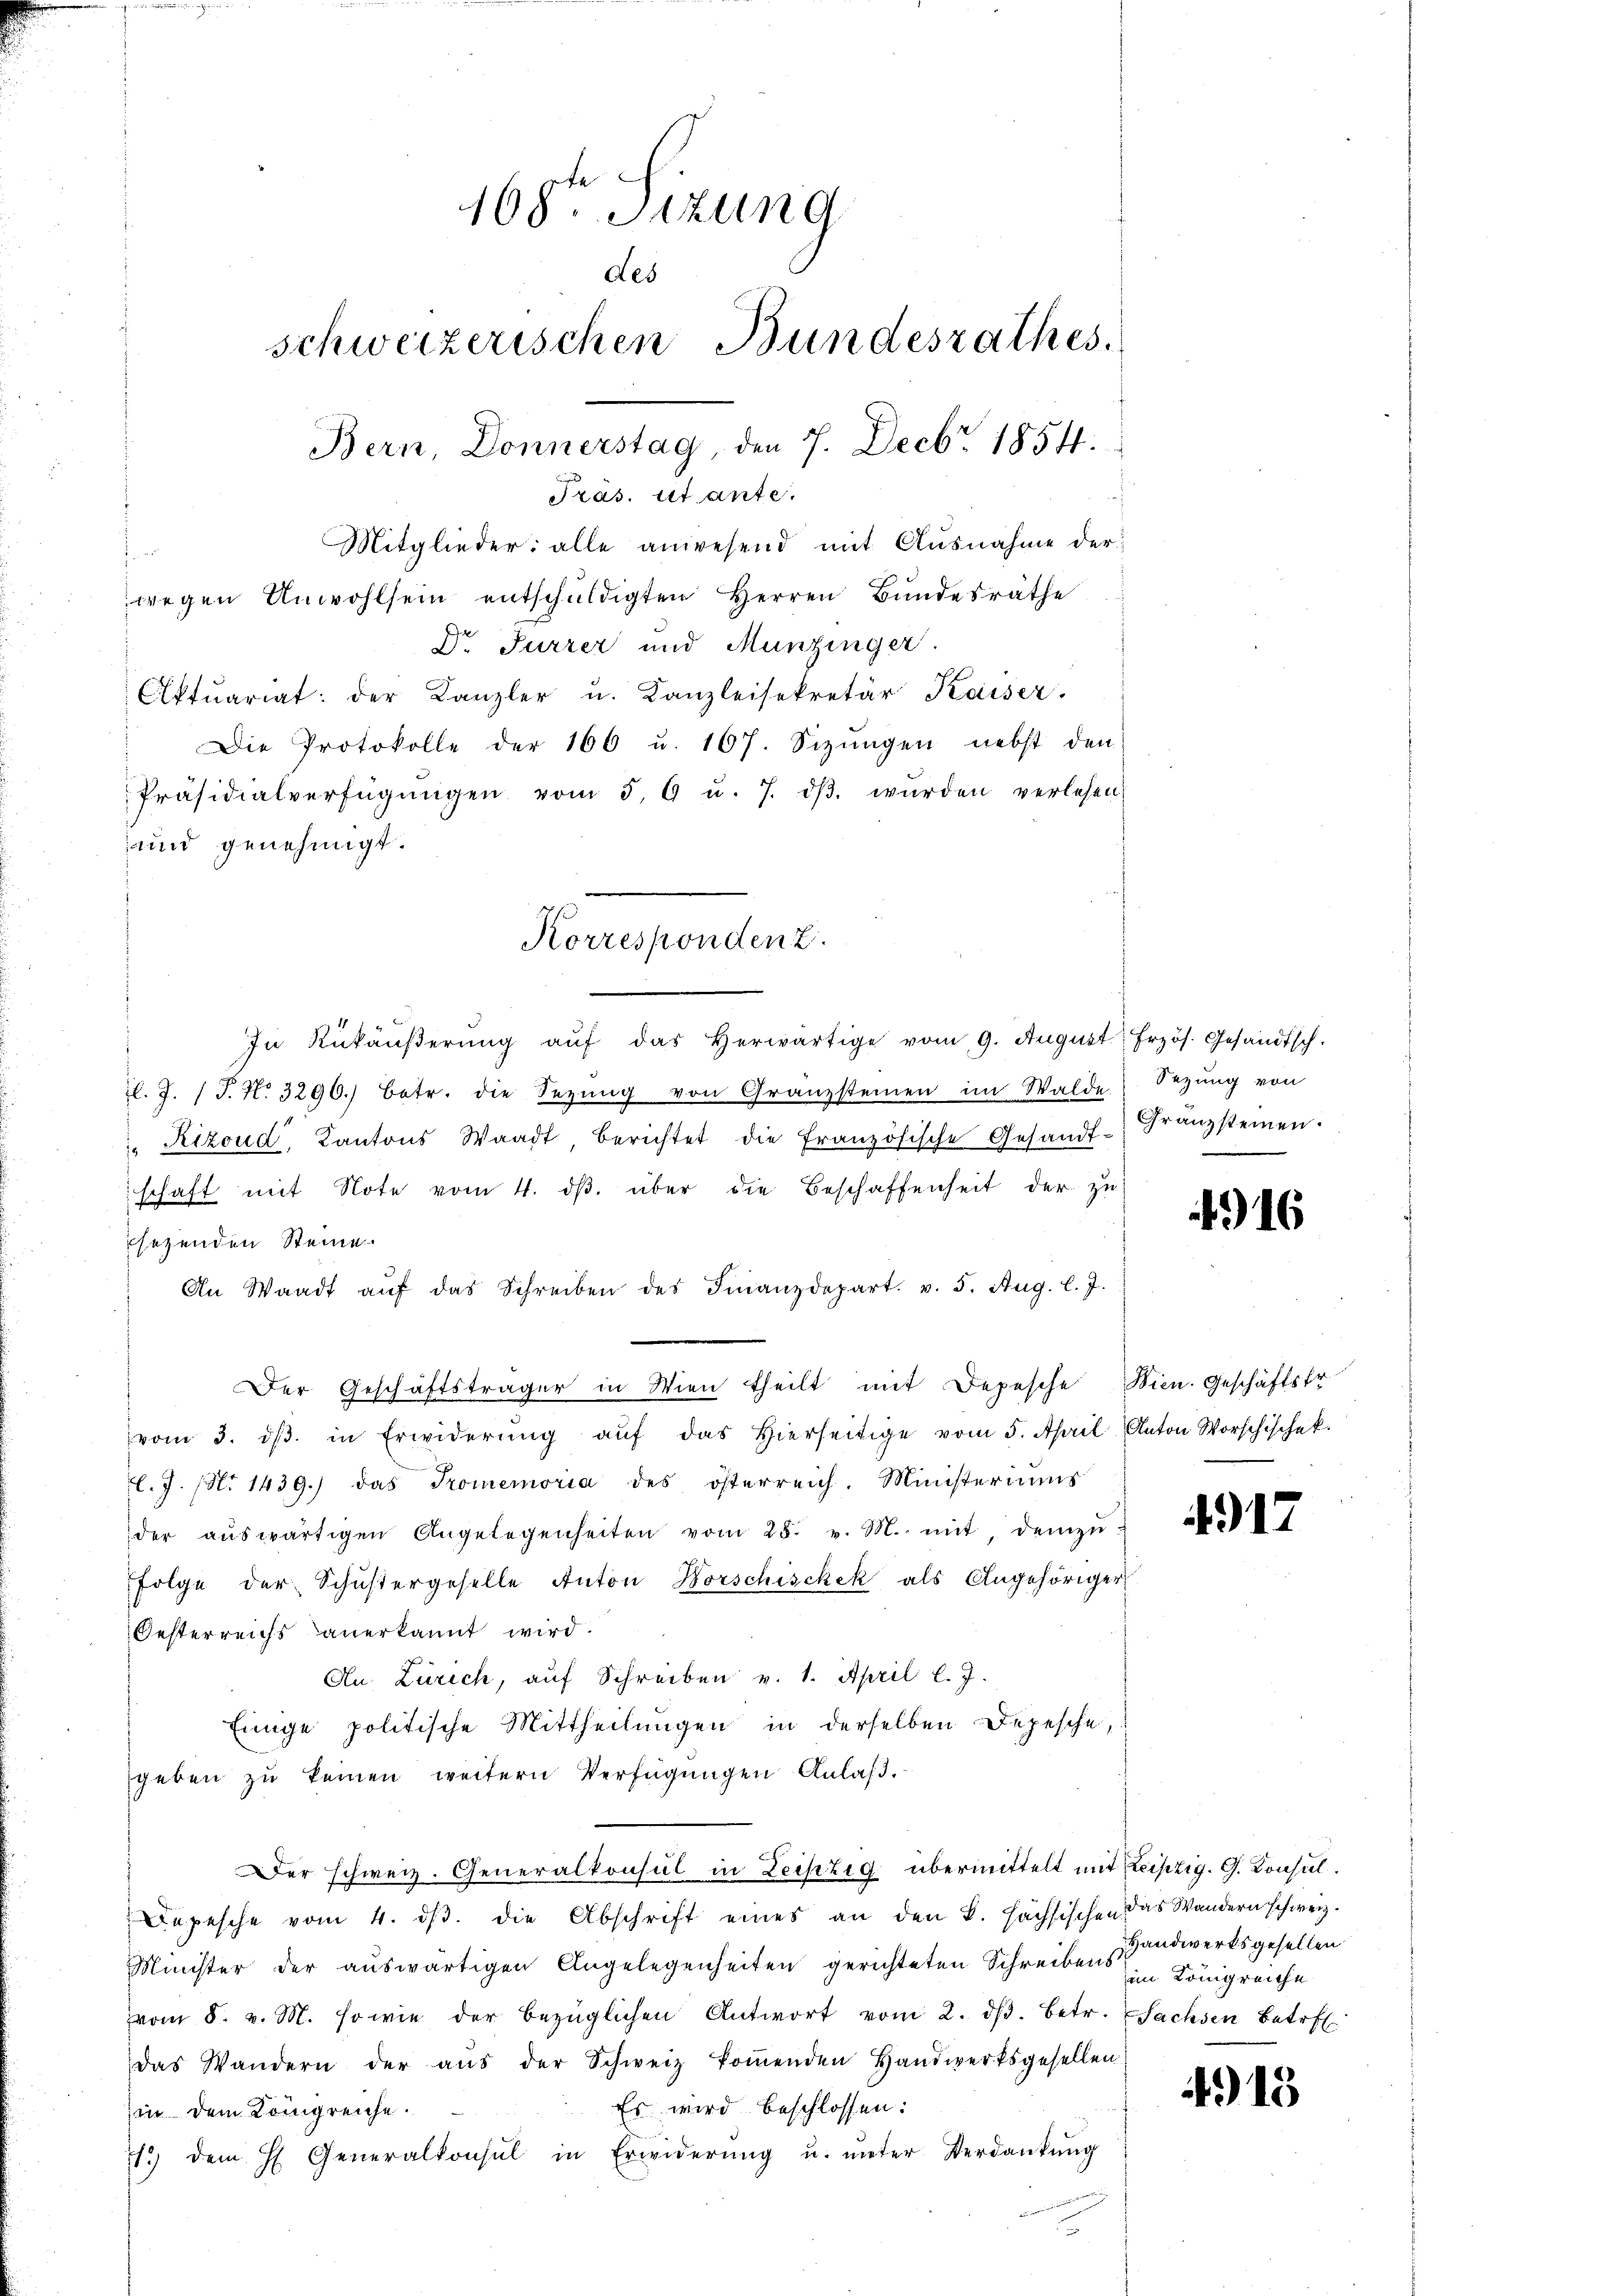
J

168. Sizung
des
schweizerischen Bundesrathes.
Mitglieder: alle anwesend mit Ausnahme der
wegen Anwohlsein entschŭldigten Herren Bundesräthe
Dr Furrer und Munzinger.
Aktuariat: der Kanzler u. Kanzleisekretär Kaiser.
Die Protokolle der 166 u. 167. Sizŭngen nebst den
Präsidialverfügŭngen vom 5. 6 u. 7. dβ wŭrden verlesen
und genehmigt.

In Rükäŭβerŭng aŭf das herwärtige vom 9. August frzös. Gesandtsch.
l. J. J. No 3296.) Betr. die Sezŭng von Granzsteinen im Walde Sezŭng von
 Rizoud, Kantons Waadt, berichtet die französische Gesandt- Franzsteinen.
schaft mit Note vom 4. dβ über die Beschaffenheit der zu
sezenden Steine
An Waadt aŭf das Schreiben des Finanzdepart. v. 5. Aug. l. J.
Der Geschäftsträger in Wien theilt mit Depesche Wien. Geschäftsfr
vom 3. dβ in Erwiderŭng aŭf das hierseitige vom 5. April Anton Worschischek.
l.J. (Nr. 1439.) Das Promemoria des österreich. Ministeriums
der aŭswärtigen Angelegenheiten vom 25. v. M. mit demzŭ-
Folge der Schŭstergeselle Anton Horschischek als Angehöriger
Oesterreichs anerkannt wird.
An Zürich, auf Schreiben v. 1. April l. J.
Einige politische Mittheilungen in derselben Depesche,
geben zu keinen weitern Verfügungen Anlaß.
Der schweiz. Generalkonsul in Leipzig übermittelt mit Leipzig. G. Konsul
Depesche vom 4. ds. die Abschrift eines an den k. Hächsischen das Wandern schweiz.
Minister der auswärtigen Angelegenheiten gerichteten Schreiben Handwerksgesellen
vom 8. v. M. sowie der bezüglichen Antwort vom 2. dβ. betr. Sachsen Betref
das Wandern der aŭs der Schweiz koṁenden Handwerksgesellen
Es wird beschlossen:
in dem Königreiche.
71.) dem H. Generalkonsul in Erwiderŭng u. ŭnter Verdankŭng
.

Bern, Donnerstag, den 7. Decbr. 1854.
Tras. et ante.

Korresponden z.

e

4916

4917

im Königreiche

415